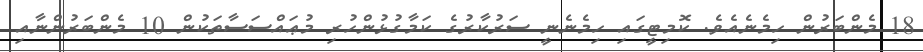
18 މެންބަރުން ހިމެނެއެވެ. ކޮމިޓީގައި ހިމެނެނީ ސަރުކާރުގެ ކަމާގުޅުންހުރި މުޢައްސަސާތަކުން 10 މެންބަރުންނާއި